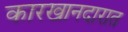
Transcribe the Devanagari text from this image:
कारखानदारात